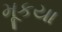
મૂકયા